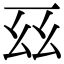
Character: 𫠩